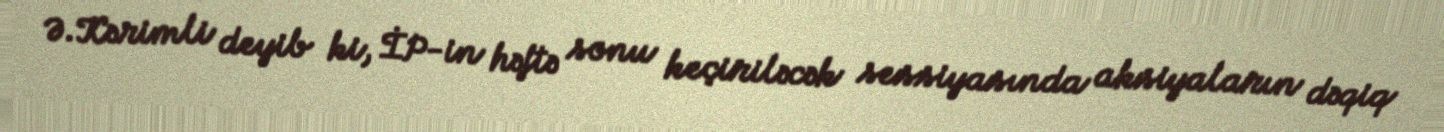
Ə.Kərimli deyib ki, İP-in həftə sonu keçiriləcək sessiyasında aksiyaların dəqiq